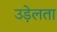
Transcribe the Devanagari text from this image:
उड़ेलता